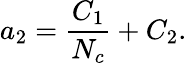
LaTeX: a_{2}=\frac{C_{1}}{N_{c}}+C_{2}.